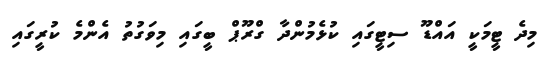
މިދެ ޓީމަކީ އައްޑޫ ސިޓީގައި ކުޅެމުންދާ ގްރޫޕް ބީގައި މިވަގުތު އެންމެ ކުރީގައި